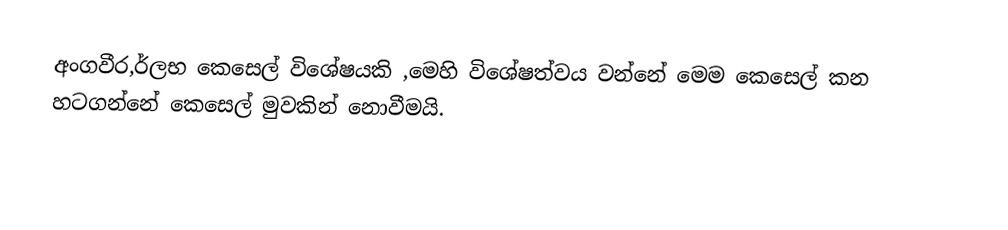
අංගවීර,ර්ලභ කෙසෙල් විශේෂයකි ,මෙහි විශේෂත්වය වන්නේ මෙම කෙසෙල් කන හටගන්නේ කෙසෙල් මුවකින් නොවීමයි.